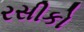
રસીકો